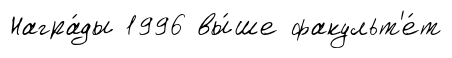
Награ́ды 1996 вы́ше факульт'е́т